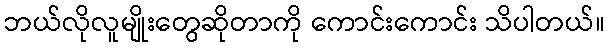
ဘယ်လိုလူမျိုးတွေဆိုတာကို ကောင်းကောင်း သိပါတယ်။